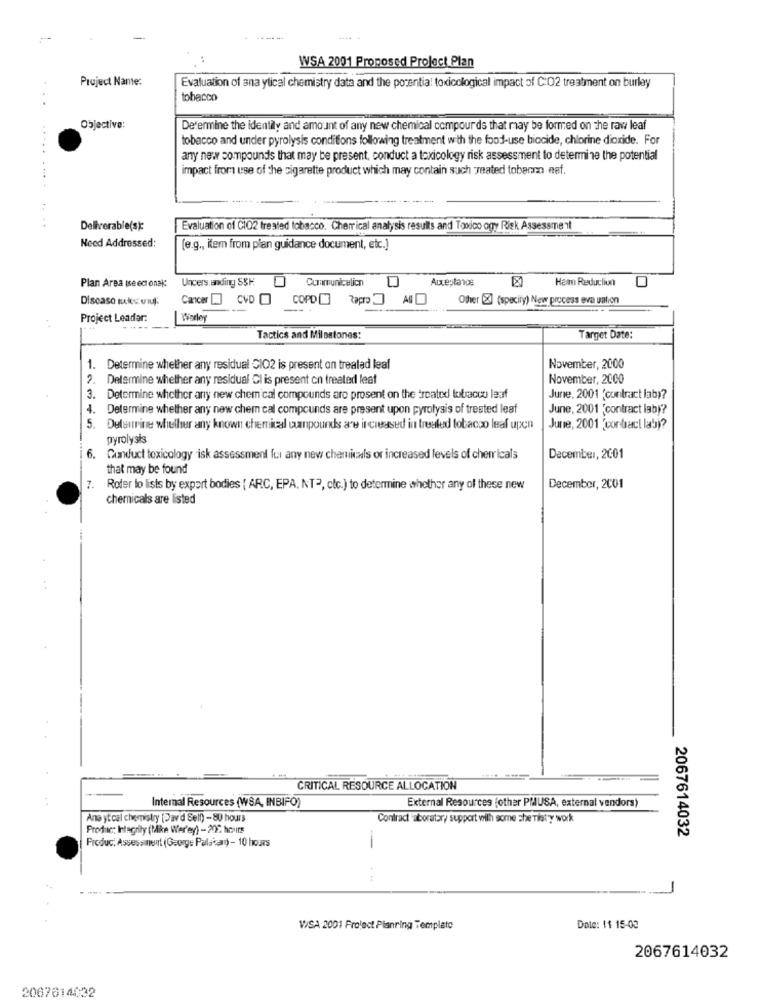
WSA 2001 Proposed Project Plan
Project Name:
Evaluation of ana ytical chemistry data and the potential toxicological impact of C:02 treatment on burley
..
tobacco
Objective:
Determine the identity and amount of any new chemical compourds that may be formed on the raw leaf
tobacco and under pyrolysis conditions following treatment with the food-use biocide, chlorine dioxide. For
any new sompounds that may be present, conduct a toxicology risk assessment to determine the potential
impact from use of the sigarette product which may contain such zeated tobecno esf.
Deliverable(s):
Evaluation of CIO2 treated tobacco. Cherrical analysis results and Toxico ogy Risk Assessment
Need Addressed:
(e.g ., item from plan guidance document, etc.)
Ungers, anding SSH
Communiculicn
Auceptanos
Harm Reduction
Plan Area (seectonak:
Discaso tucks viuj.
Cancer [J CVD
COPD Zapro AD
Other [X] (specify) New process eva uation
Project Leader:
Worley
Tactics and Milestones:
Target Date:
1. Determine whether any residual CIO2 is present on trealad leaf
November, 2000
2. Determine whether any residual Cl is present on treated leaf
November, 2000
3. Determine whether any new chemical compounds are prosent on the treated tobacco lauf
June, 2001 (contract laby?
4. Determine whether any new chem cal compounds are present upon pyrolysis of trested leaf
June, 2001 'contract iab)?
5. Dulaurine whether any known chemical compounds are increased in treated tobacco leaf upon
June, 2001 "contact lab)?
pyrolysis
6. Camduct toxicology isk assessment for any new chemicals or increased levels of chemicals
December, 2001
that may be found
7. Roter lo lists by expert bodies { ARC, EPA, NT3, etc.) to determine whether any of these new
December, 2001
chemicals are listed
CRITICAL RESOURCE ALLOCATION
Internal Resources (WSA, INBIFO)
External Resources (other PMUSA, external vendors)
Ana ytcal chemistry [Dav'd Self) - 80 hours
Contract "aboratory support with some sheTiaty work
Produc: Integrity (Mike Wer'ey) - 20℃ hours
2067614032
Produc: Assessment (George Palatany) - 10 hours
-
WSA 2001 Project Planring Template
Dale: 11 15-03
2067614032
2067614032